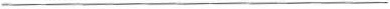
___